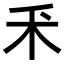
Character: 𫀦